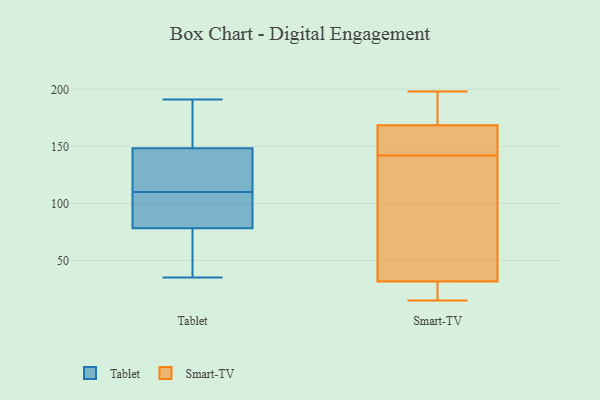
{"axis": {"x": "Gross Profit (USD K)", "y": "Value"}, "legend": ["Smart-TV", "Tablet"], "data": [{"x": "", "y": 110, "type": "Tablet"}, {"x": "", "y": 191, "type": "Tablet"}, {"x": "", "y": 167, "type": "Tablet"}, {"x": "", "y": 109, "type": "Tablet"}, {"x": "", "y": 73, "type": "Tablet"}, {"x": "", "y": 80, "type": "Tablet"}, {"x": "", "y": 57, "type": "Tablet"}, {"x": "", "y": 127, "type": "Tablet"}, {"x": "", "y": 35, "type": "Tablet"}, {"x": "", "y": 115, "type": "Tablet"}, {"x": "", "y": 142, "type": "Tablet"}, {"x": "", "y": 181, "type": "Tablet"}, {"x": "", "y": 96, "type": "Tablet"}, {"x": "", "y": 175, "type": "Smart-TV"}, {"x": "", "y": 154, "type": "Smart-TV"}, {"x": "", "y": 161, "type": "Smart-TV"}, {"x": "", "y": 18, "type": "Smart-TV"}, {"x": "", "y": 135, "type": "Smart-TV"}, {"x": "", "y": 22, "type": "Smart-TV"}, {"x": "", "y": 198, "type": "Smart-TV"}, {"x": "", "y": 149, "type": "Smart-TV"}, {"x": "", "y": 15, "type": "Smart-TV"}, {"x": "", "y": 175, "type": "Smart-TV"}, {"x": "", "y": 181, "type": "Smart-TV"}, {"x": "", "y": 61, "type": "Smart-TV"}, {"x": "", "y": 162, "type": "Smart-TV"}, {"x": "", "y": 38, "type": "Smart-TV"}, {"x": "", "y": 25, "type": "Smart-TV"}, {"x": "", "y": 87, "type": "Smart-TV"}]}